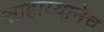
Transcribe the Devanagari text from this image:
साहाय्यानेच